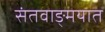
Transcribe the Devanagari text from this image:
संतवाङ्मयात